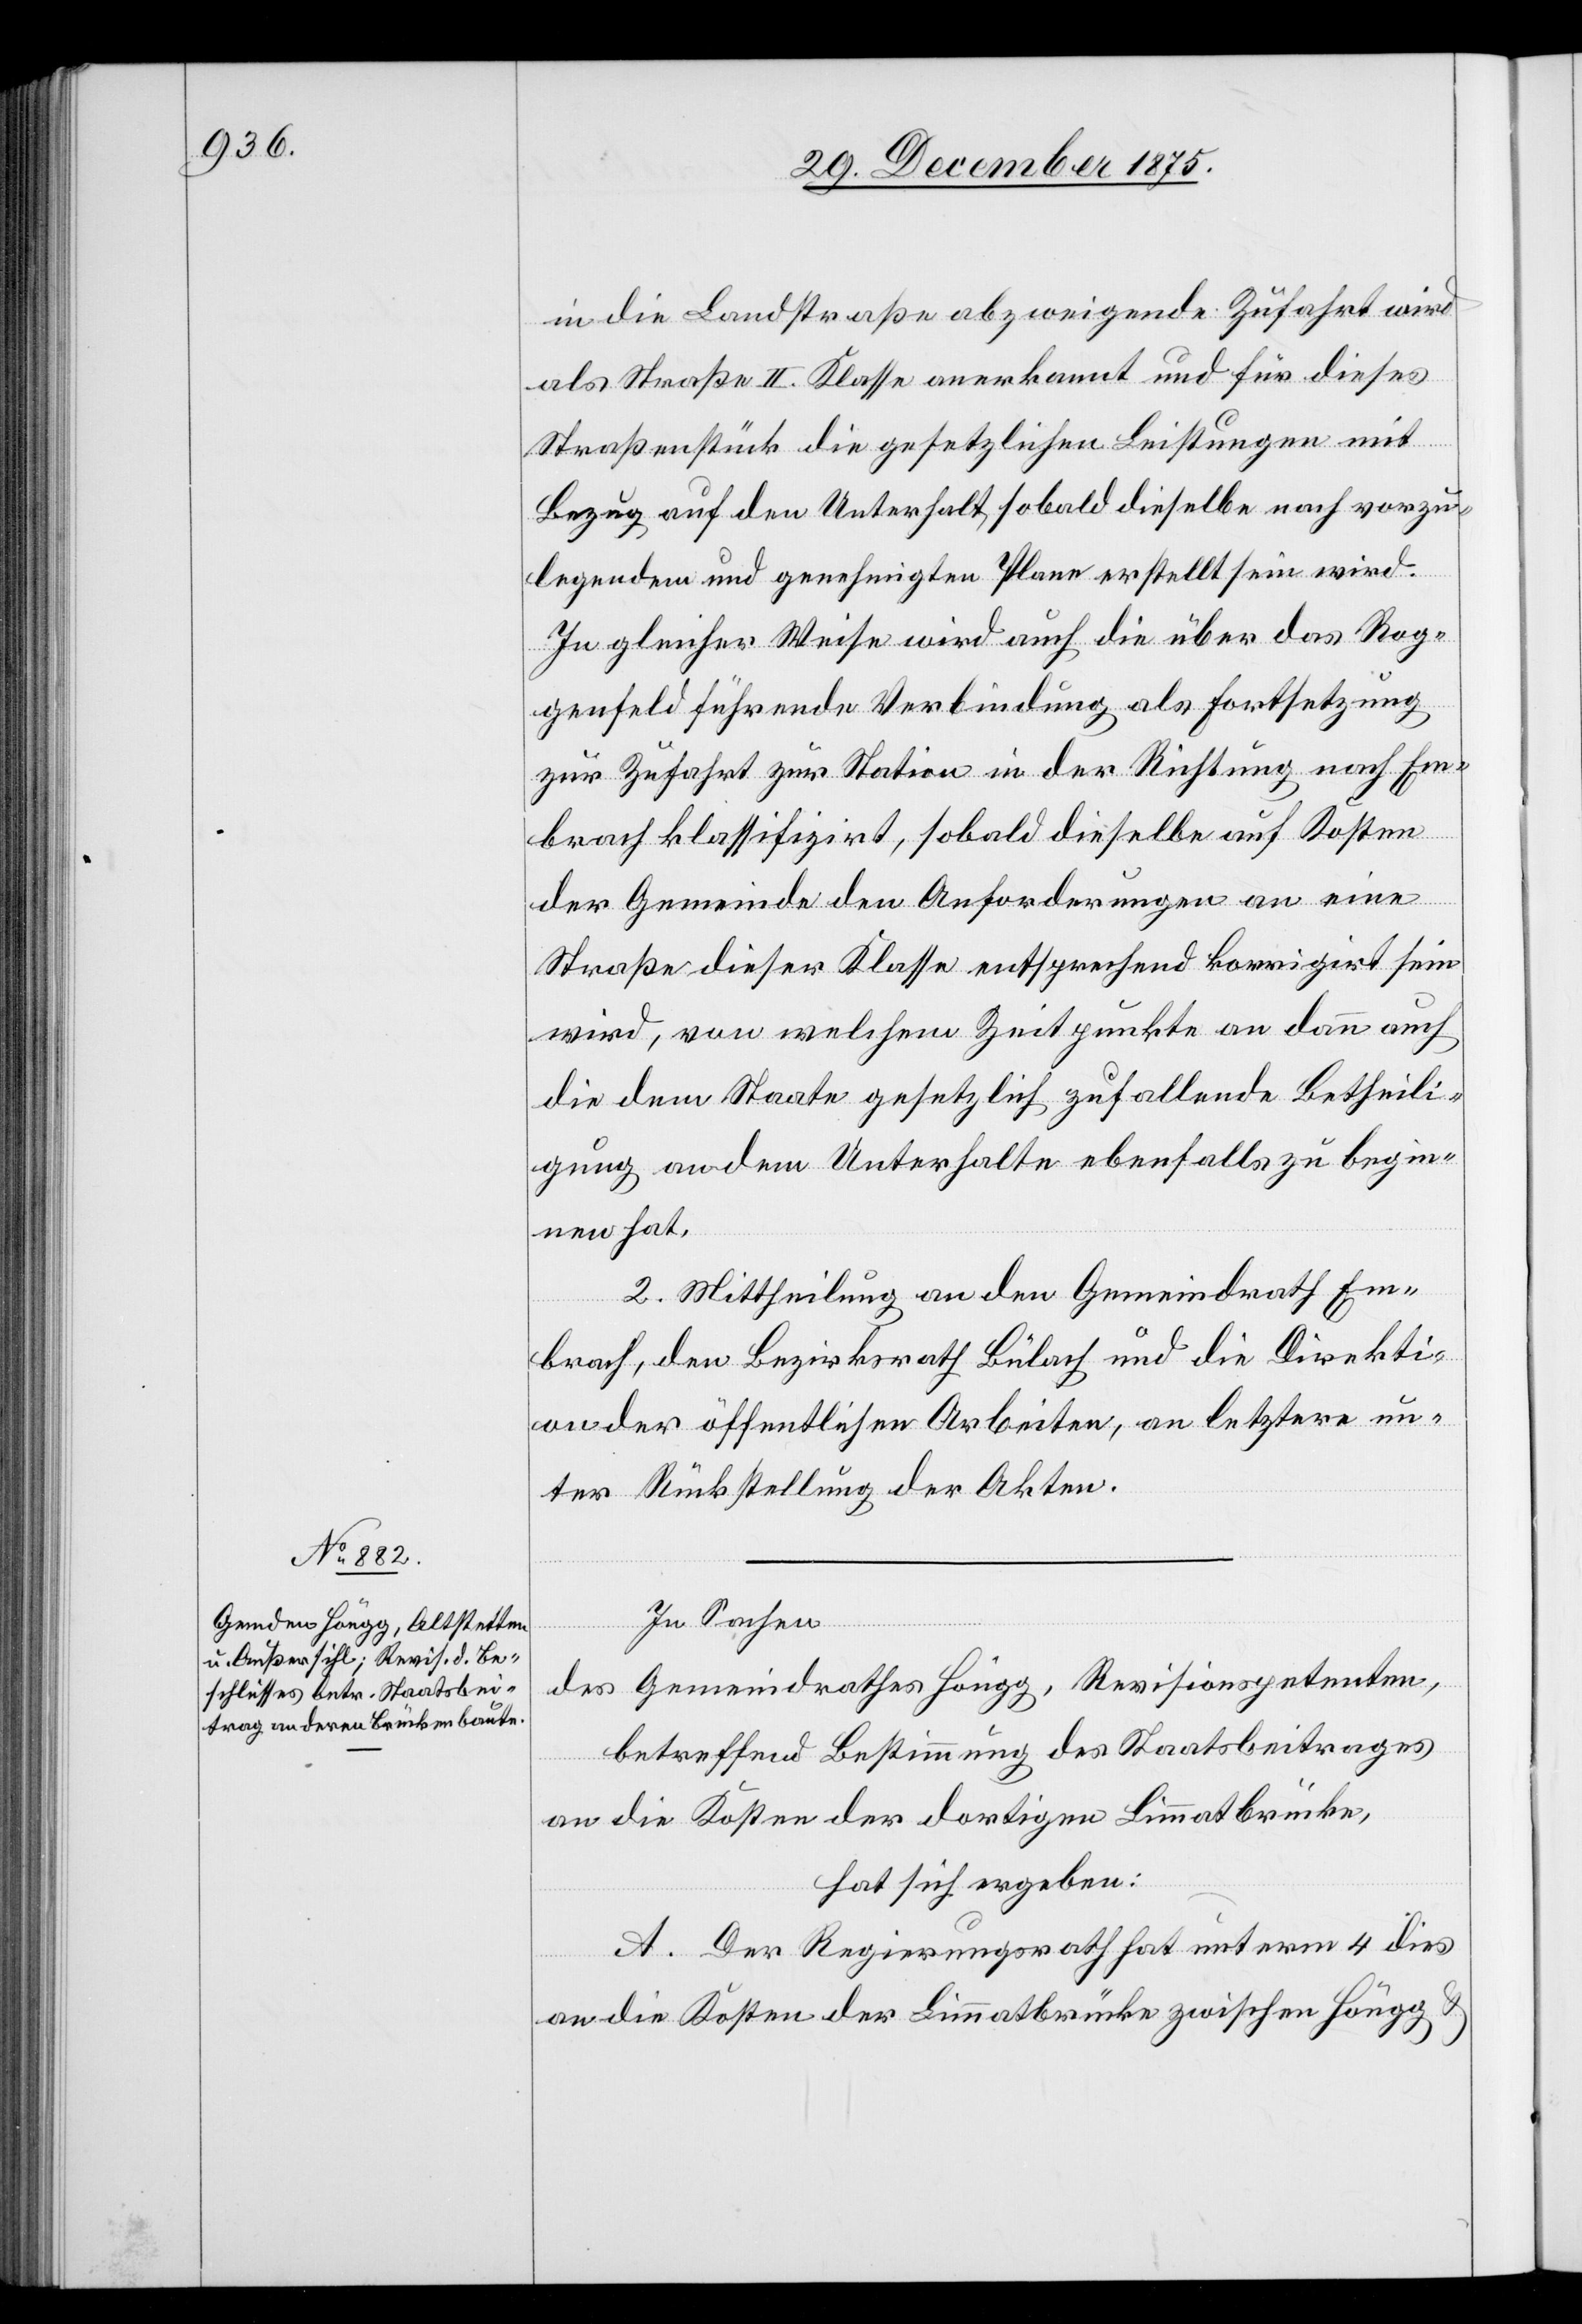
in die Landstraße abzweigende Zufahrt wird
als Straße II. Klasse anerkannt und für dieses
Straßenstück die gesetzlichen Leistungen mit
Bezug auf den Unterhalt, sobald dieselbe nach vorzu¬
legendem und genehmigten Plane erstellt sein wird.
In gleicher Weise wird auch die über das Rog¬
genfeld führende Verbindung als Fortsetzung
zur Zufahrt zur Station in der Richtung nach Em¬
brach klassifizirt, sobald dieselbe auf Kosten
der Gemeinde den Anforderungen an eine
Straße dieser Klasse entsprechend korrigirt sein
wird, von welchem Zeitpunkte an dann auch
die dem Staate gesetzlich zufallende Betheili¬
gung an dem Unterhalte ebenfalls zu begin¬
nen hat.
2. Mittheilung an den Gemeindrath Em¬
brach, den Bezirksrath Bülach und die Direkti¬
on der öffentlichen Arbeiten, an letztere un¬
ter Rückstellung der Akten.
In Sachen
des Gemeindrathes Höngg, Revisionspetenten,
betreffend Bestimmung des Staatsbeitrages
an die Kosten der dortigen Limmatbrücke,
hat sich ergeben:
A. Der Regierungsrath hat unterm 4. dieß
an die Kosten der Limmatbrücke zwischen Höngg